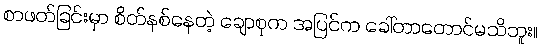
စာဖတ်ခြင်းမှာ စိတ်နစ်နေတဲ့ ချောစုက အပြင်က ခေါ်တာတောင်မသိဘူး။